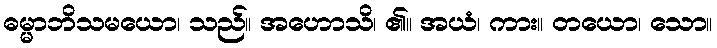
ဓမ္မာဘိသမယော၊ သည်။ အဟောသိ၊ ၏။ အယံ၊ ကား။ တယော၊ သော။